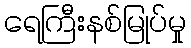
ရေကြီးနစ်မြုပ်မှု